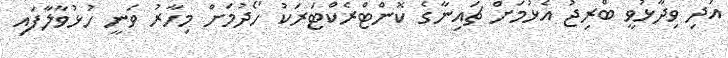
އަދި ވިދާޅުވީ ބްރިޖު އެޅުމަށް ޗައިނާގެ ކޮންޓްރެކްޓަރަކު ހޯދުމަށް މިހާރު ވަނީ ހުޅުވާލާފައި